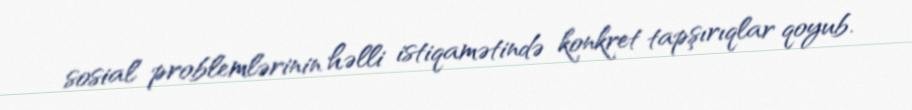
sosial problemlərinin həlli istiqamətində konkret tapşırıqlar qoyub.